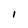
Character: I